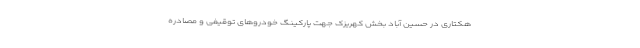
هکتاری در حسین آباد بخش کهریزک جهت پارکینگ خودروهای توقیفی و مصادره